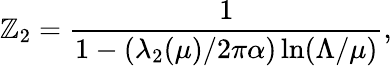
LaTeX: \mathbb{Z}_{2}={\frac{{1}}{{1-(\lambda_{2}(\mu)/2\pi\alpha)\ln(\Lambda/\mu)}}},